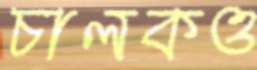
চালকও